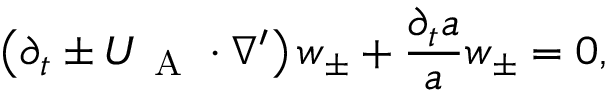
\left( \partial _ { t } \pm \boldsymbol { U } _ { \mathrm { ~ A ~ } } \cdot \nabla ^ { \prime } \right) \boldsymbol { w } _ { \pm } + \frac { \partial _ { t } a } { a } \boldsymbol { w } _ { \pm } = 0 ,